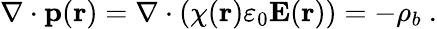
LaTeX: \nabla\cdot\mathbf{p}(\mathbf{r})=\nabla\cdot\left(\chi(\mathbf{r})\varepsilon_{0}\mathbf{E}(\mathbf{r})\right)=-\rho_{b}\ .